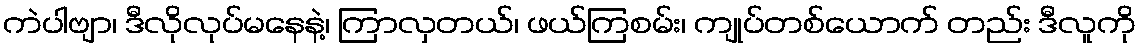
ကဲပါဗျာ၊ ဒီလိုလုပ်မနေနဲ့၊ ကြာလှတယ်၊ ဖယ်ကြစမ်း၊ ကျုပ်တစ်ယောက် တည်း ဒီလူကို